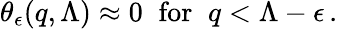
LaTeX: \theta_{\epsilon}(q,\Lambda)\approx 0\; \; \mathrm{for}\; \; q<\Lambda-\epsilon\, .